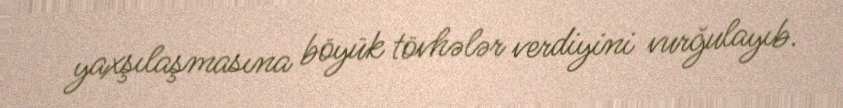
yaxşılaşmasına böyük tövhələr verdiyini vurğulayıb.